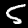
Digit: 5